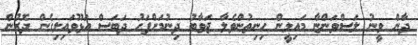
ދާން ވީނު ލަސްވަންޏާ މައިލީން ހިނިތުންވެލާ ޖަވާބު ދިނުމަށްފަހު ދަބަސް އަޅޫވައިލިގެން ދޮރުން